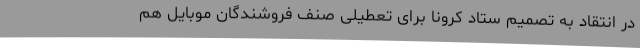
در انتقاد به تصمیم ستاد کرونا برای تعطیلی صنف فروشندگان موبایل هم